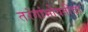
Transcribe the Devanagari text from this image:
तरंगांभोवतीचा